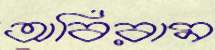
অবিরাম